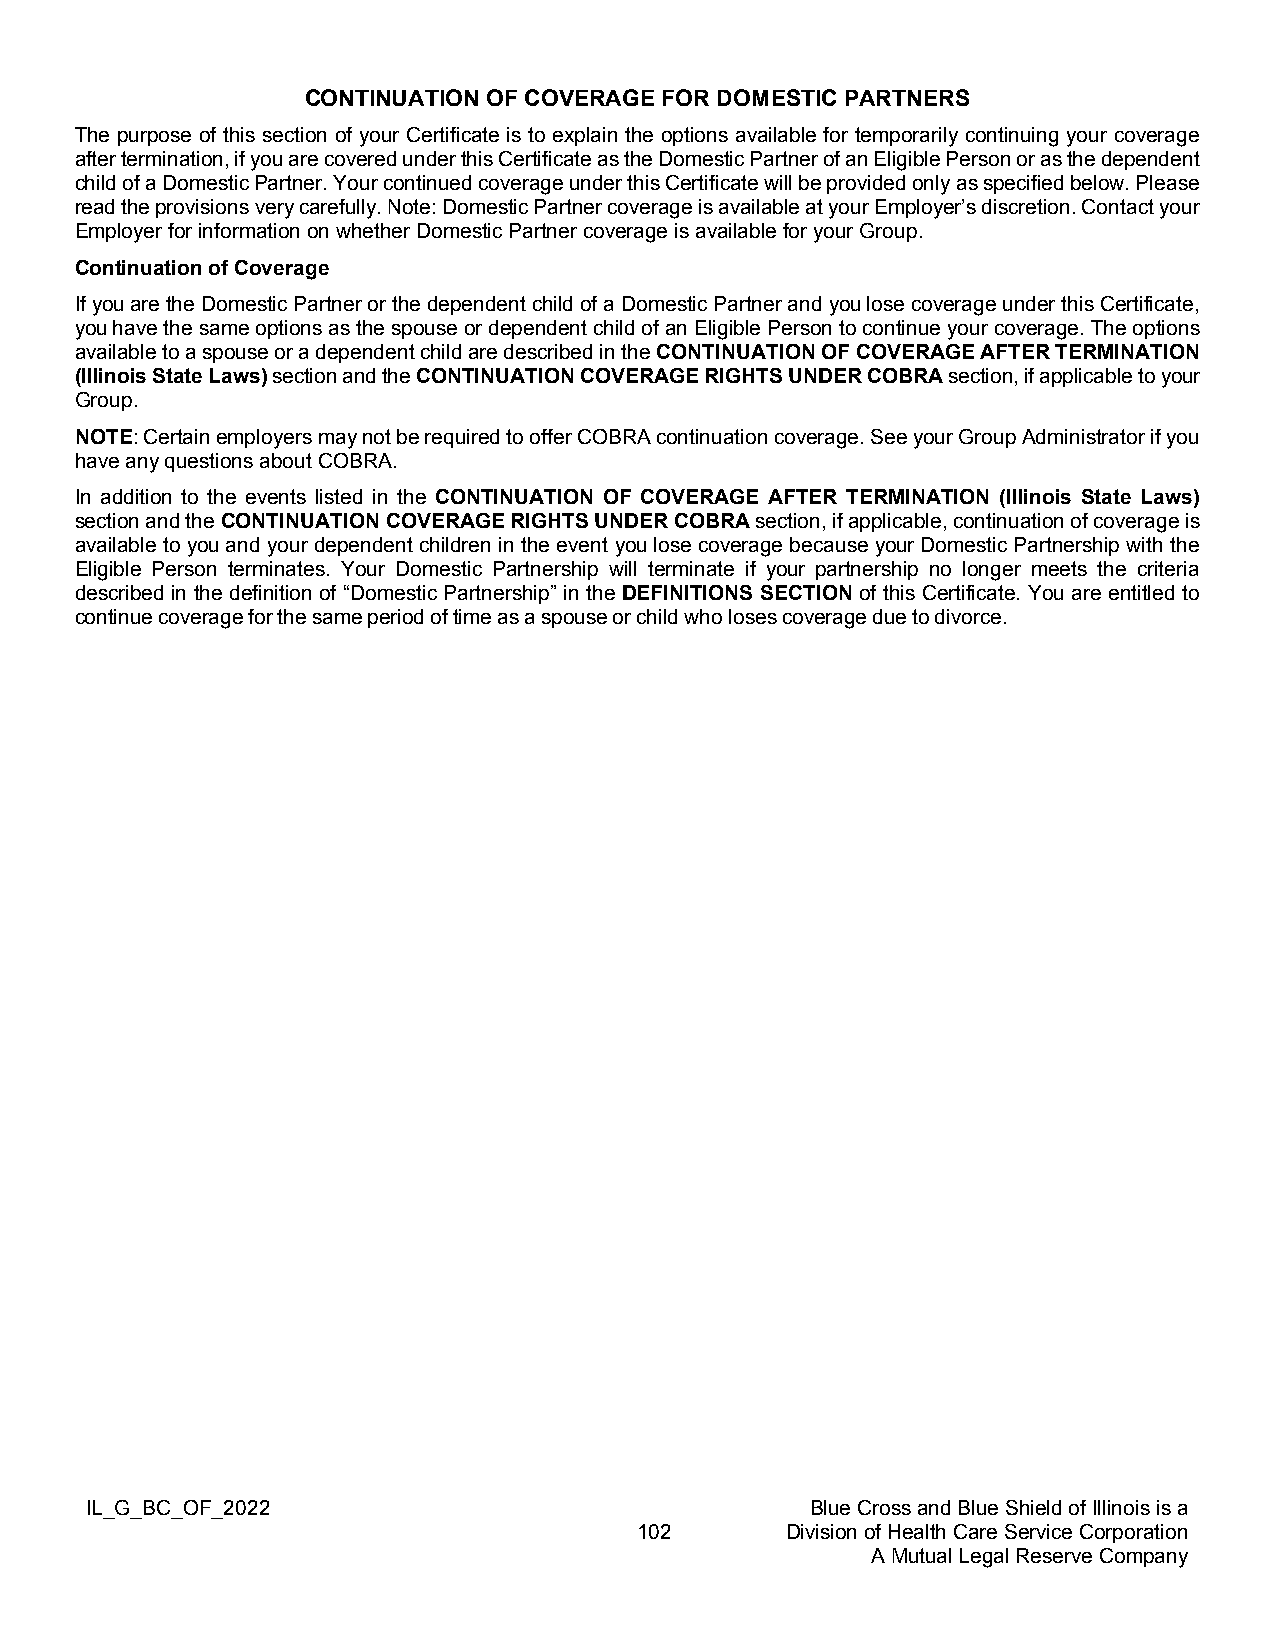
CONTINUATION OF COVERAGE FOR DOMESTIC PARTNERS
 The purpose of this section of your Certificate is to explain the options available for temporarily continuing your coverage
 after termination, if you are covered under this Certificate as the Domestic Partner of an Eligible Person or as the dependent
 child of a Domestic Partner. Your continued coverage under this Certificate will be provided only as specified below. Please
 read the provisions very carefully. Note: Domestic Partner coverage is available at your Employer’s discretion. Contact your
 Employer for information on whether Domestic Partner coverage is available for your Group.
 Continuation of Coverage
 If you are the Domestic Partner or the dependent child of a Domestic Partner and you lose coverage under this Certificate,
 you have the same options as the spouse or dependent child of an Eligible Person to continue your coverage. The options
 available to a spouse or a dependent child are described in the CONTINUATION OF COVERAGE AFTER TERMINATION
 (Illinois State Laws) section and the CONTINUATION COVERAGE RIGHTS UNDER COBRA section, if applicable to your
 Group.
 NOTE: Certain employers may not be required to offer COBRA continuation coverage. See your Group Administrator if you
 have any questions about COBRA.
 In addition to the events listed in the CONTINUATION OF COVERAGE AFTER TERMINATION (Illinois State Laws)
 section and the CONTINUATION COVERAGE RIGHTS UNDER COBRA section, if applicable, continuation of coverage is
 available to you and your dependent children in the event you lose coverage because your Domestic Partnership with the
 Eligible Person terminates. Your Domestic Partnership will terminate if your partnership no longer meets the criteria
 described in the definition of “Domestic Partnership” in the DEFINITIONS SECTION of this Certificate. You are entitled to
 continue coverage for the same period of time as a spouse or child who loses coverage due to divorce.
 IL_G_BC_OF_2022                                 Blue Cross and Blue Shield of Illinois is a
 102       Division of Health Care Service Corporation
 A Mutual Legal Reserve Company